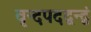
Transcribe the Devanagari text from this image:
वृन्दपदद्वन्द्वं